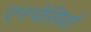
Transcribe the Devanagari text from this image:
एस्पेसियो